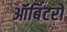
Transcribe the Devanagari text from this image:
ऑर्बिटरों